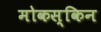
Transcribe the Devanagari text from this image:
मोकस्किन